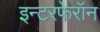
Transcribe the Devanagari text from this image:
इन्टरफेरॉन